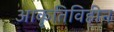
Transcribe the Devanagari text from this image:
आकृतिविहीन